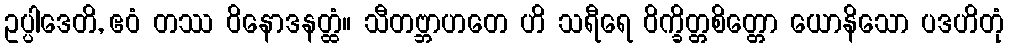
ဥပ္ပါဒေတိ, ဧဝံ တဿ ဝိနောဒနတ္ထံ။ သီတဗ္ဘာဟတေ ဟိ သရီရေ ဝိက္ခိတ္တစိတ္တော ယောနိသော ပဒဟိတုံ